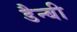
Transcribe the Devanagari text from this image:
डैन्बी